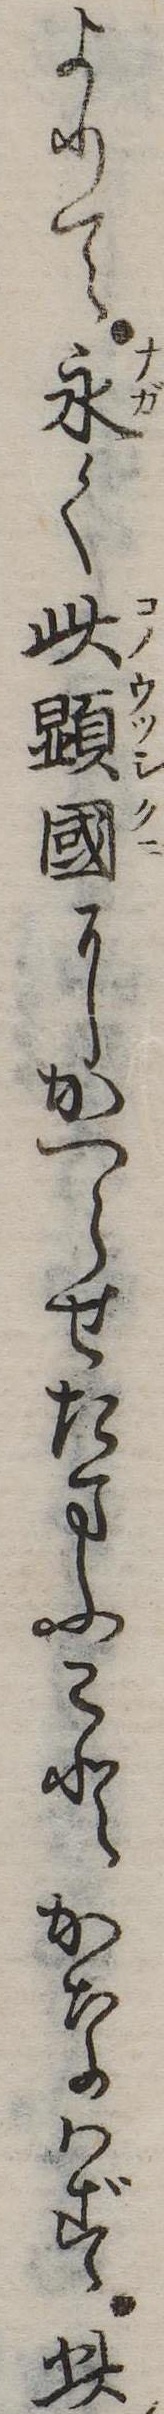
よりて永く此顕国にかへらせたまふことかなはず此